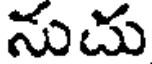
నుదు